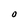
Character: O